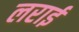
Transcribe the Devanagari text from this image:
लराई